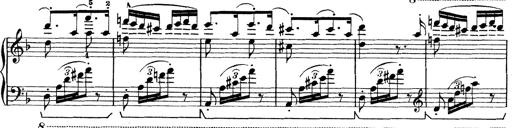
Title: Rapsodie: 19 ungheresi, 1 spagnuola
Composer: Franz Liszt